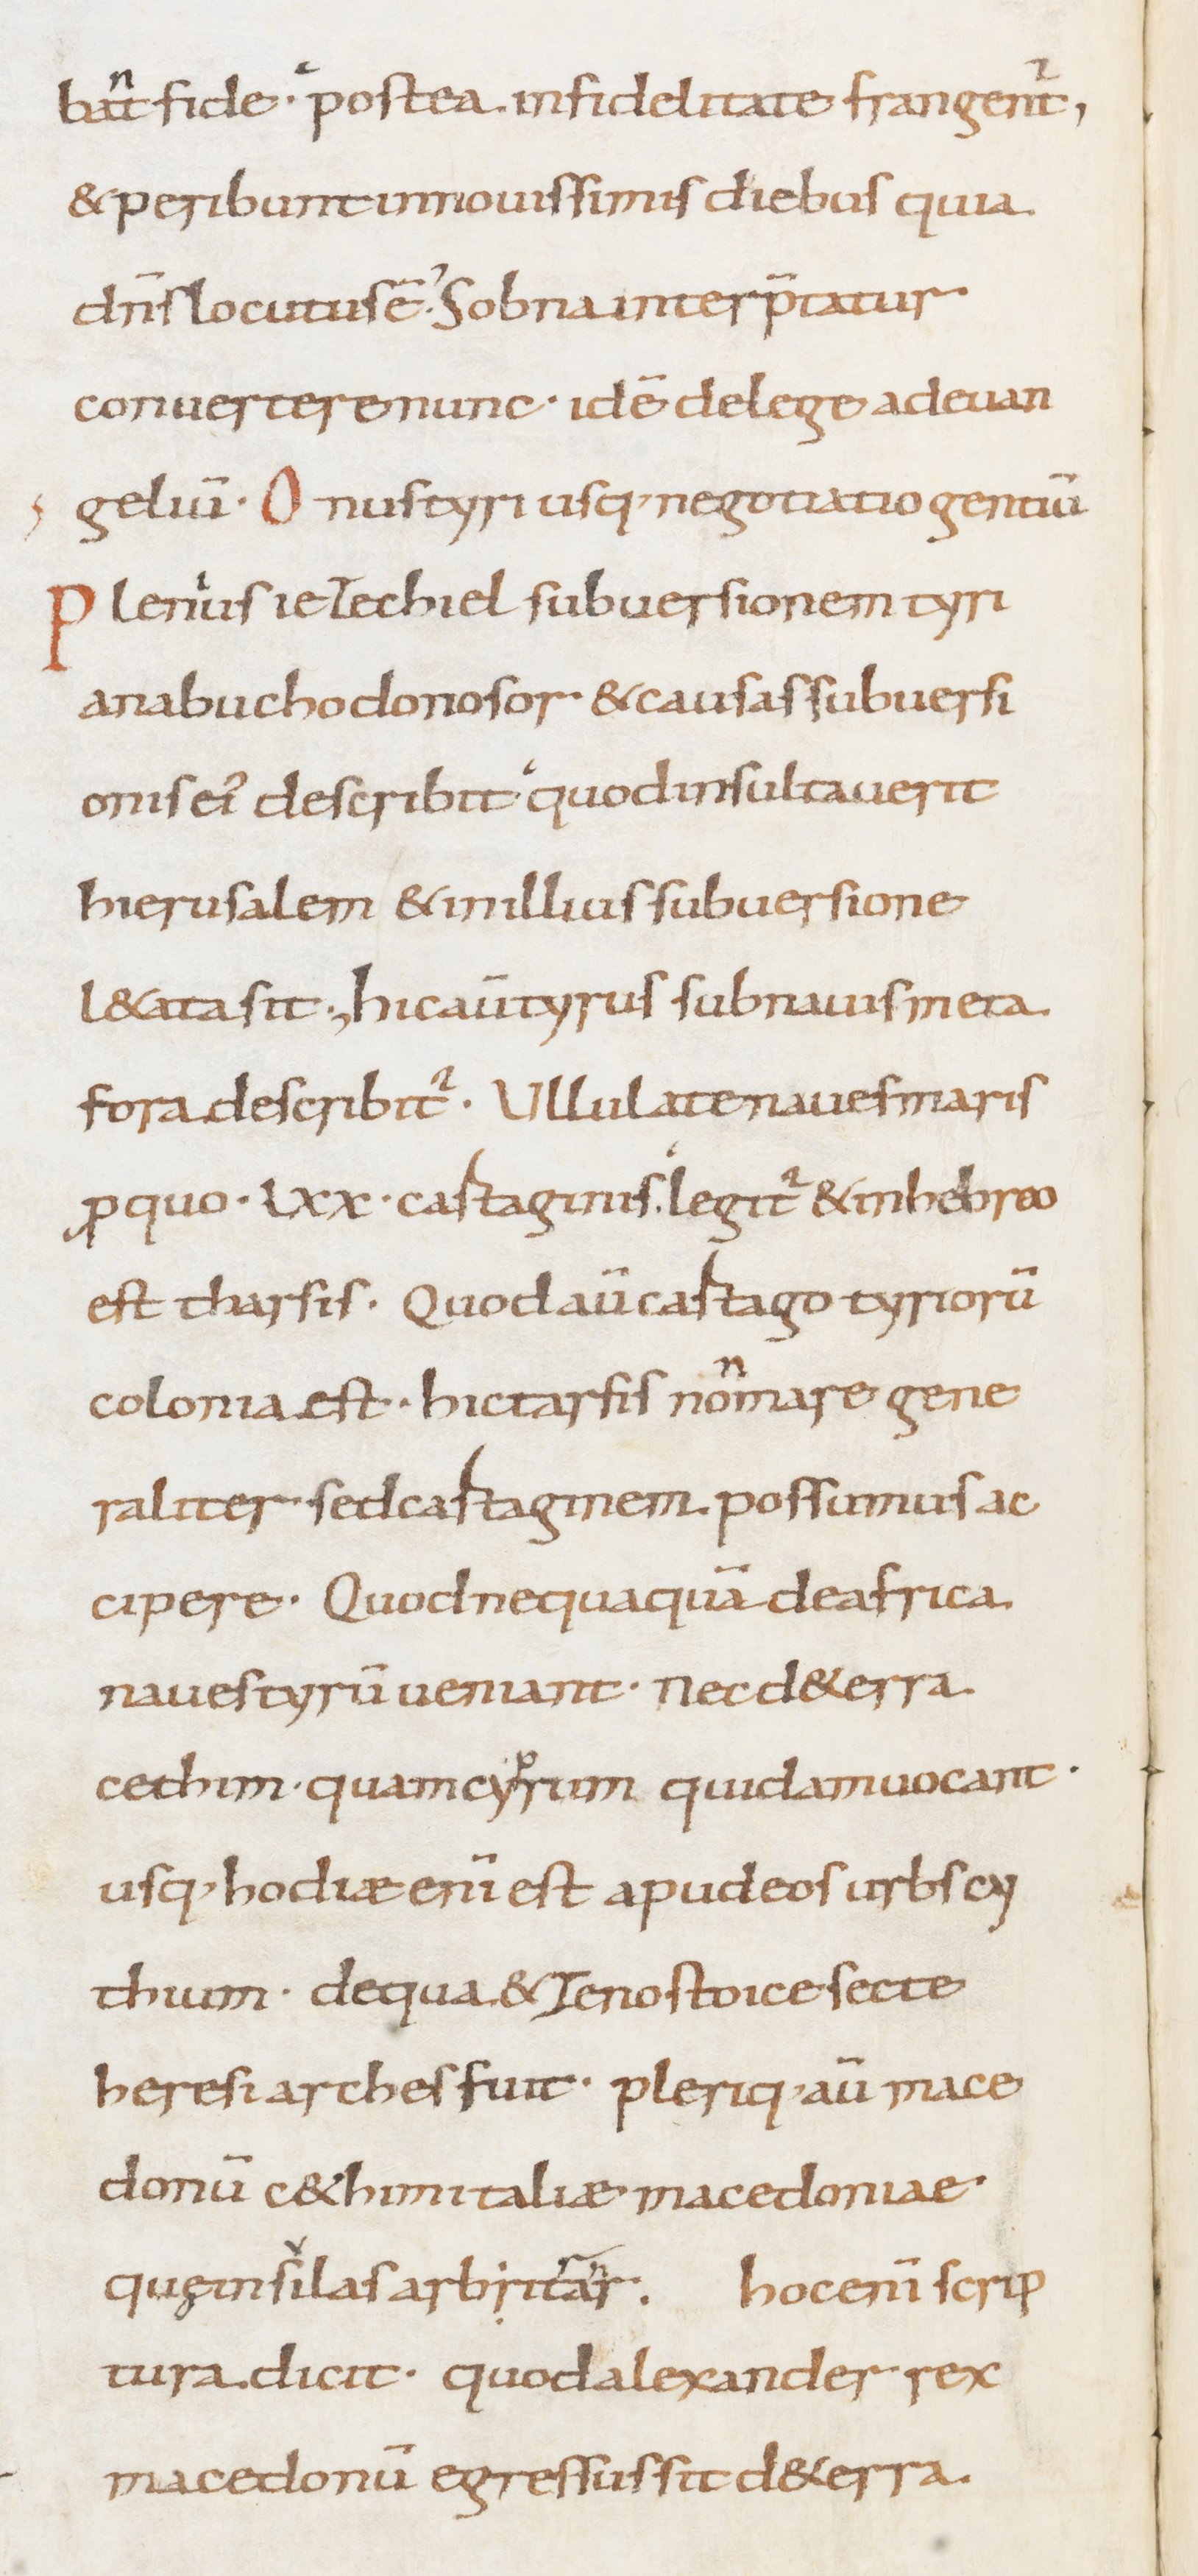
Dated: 800–899